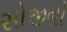
સોજીનો